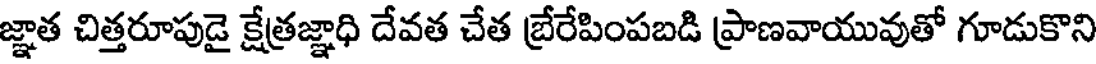
జ్ఞాత చిత్తరూపుడై క్షేత్రజ్ఞాధి దేవత చేత బ్రేరేపింపబడి ప్రాణవాయువుతో గూడుకొని